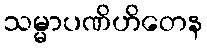
သမ္မာပဏိဟိတေန